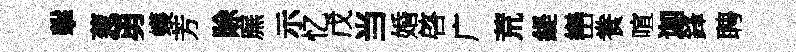
擊葱勇蠖芳賖廡示忆戊当婚啓广荒緹巒飬喧迦鋒聘